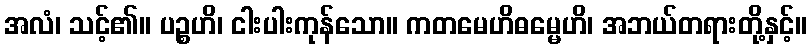
အလံ၊ သင့်၏။ ပဉ္စဟိ၊ ငါးပါးကုန်သော။ ကတမေဟိဓမ္မေဟိ၊ အဘယ်တရားတို့နှင့်။